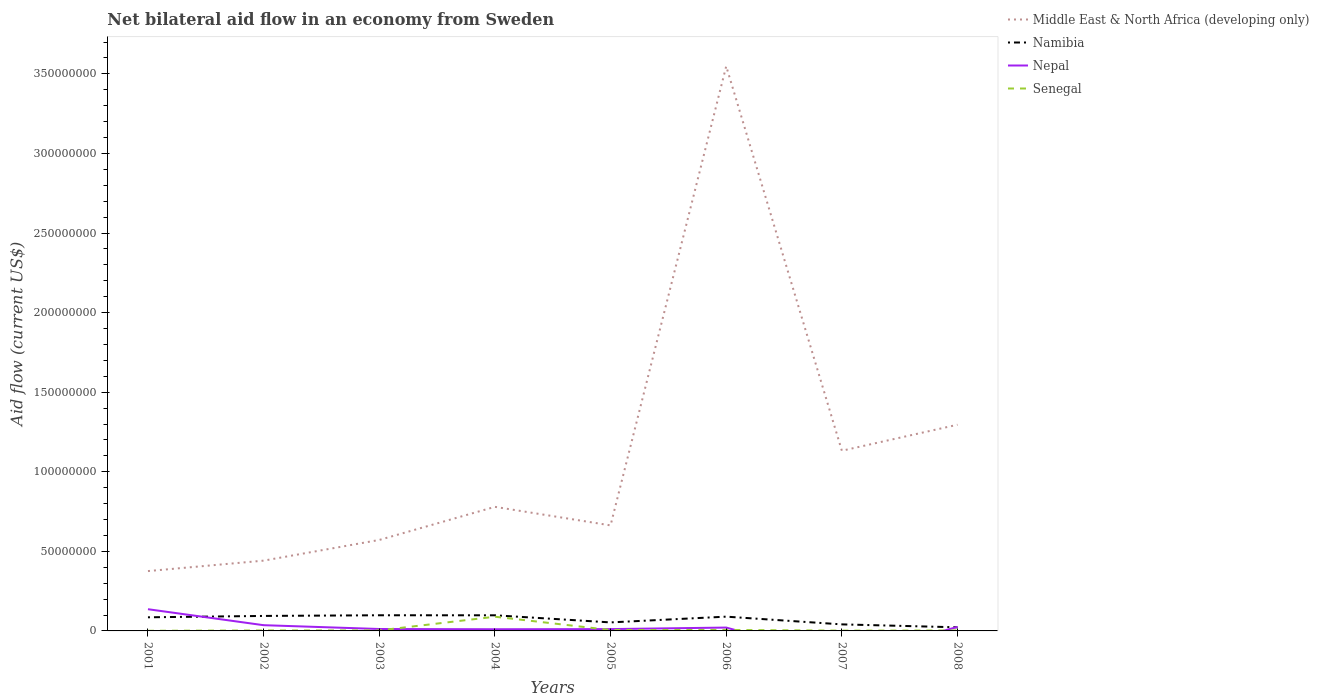
| Years | Middle East & North Africa (developing only) | Namibia | Nepal | Senegal |
 | --- | --- | --- | --- | --- |
 | 2001 | 3.76e+07 | 8.56e+06 | 1.36e+07 | 9e+04 |
 | 2002 | 4.42e+07 | 9.42e+06 | 3.6e+06 | 2.9e+05 |
 | 2003 | 5.72e+07 | 9.84e+06 | 1.21e+06 | 3.1e+05 |
 | 2004 | 7.8e+07 | 9.82e+06 | 1.05e+06 | 8.93e+06 |
 | 2005 | 6.63e+07 | 5.35e+06 | 1.15e+06 | 5.6e+05 |
 | 2006 | 3.55e+08 | 8.97e+06 | 2.11e+06 | 6.2e+05 |
 | 2007 | 1.13e+08 | 4.11e+06 | -1.77e+07 | 1.9e+05 |
 | 2008 | 1.3e+08 | 2.27e+06 | 2.53e+06 | 2.9e+05 |